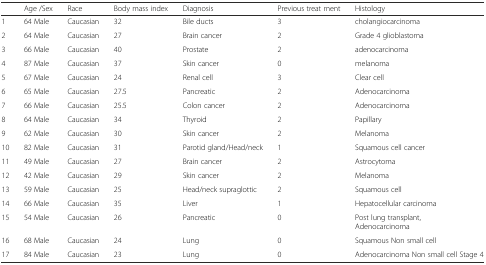
|  | Age /Sex | Race | Body mass index | Diagnosis | Previous treat ment | Histology |
 | --- | --- | --- | --- | --- | --- | --- |
 | 1 | 64 Male | Caucasian | 32 | Bile ducts | 3 | cholangiocarcinoma |
 | 2 | 64 Male | Caucasian | 27 | Brain cancer | 2 | Grade 4 glioblastoma |
 | 3 | 66 Male | Caucasian | 40 | Prostate | 2 | adenocarcinoma |
 | 4 | 87 Male | Caucasian | 37 | Skin cancer | 0 | melanoma |
 | 5 | 67 Male | Caucasian | 24 | Renal cell | 3 | Clear cell |
 | 6 | 65 Male | Caucasian | 27.5 | Pancreatic | 2 | Adenocarcinoma |
 | 7 | 66 Male | Caucasian | 25.5 | Colon cancer | 2 | Adenocarcinoma |
 | 8 | 64 Male | Caucasian | 34 | Thyroid | 2 | Papillary |
 | 9 | 62 Male | Caucasian | 30 | Skin cancer | 2 | Melanoma |
 | 10 | 82 Male | Caucasian | 31 | Parotid gland/Head/neck | 1 | Squamous cell cancer |
 | 11 | 49 Male | Caucasian | 27 | Brain cancer | 2 | Astrocytoma |
 | 12 | 42 Male | Caucasian | 29 | Skin cancer | 2 | Melanoma |
 | 13 | 59 Male | Caucasian | 25 | Head/neck supraglottic | 2 | Squamous cell |
 | 14 | 66 Male | Caucasian | 35 | Liver | 1 | Hepatocellular carcinoma |
 | 15 | 54 Male | Caucasian | 26 | Pancreatic | 0 | Post lung transplant,Adenocarcinoma |
 | 16 | 68 Male | Caucasian | 24 | Lung | 0 | Squamous Non small cell |
 | 17 | 84 Male | Caucasian | 23 | Lung | 0 | Adenocarcinoma Non small cell Stage 4 |